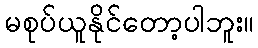
မစုပ်ယူနိုင်တော့ပါဘူး။